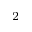
^ { 2 }